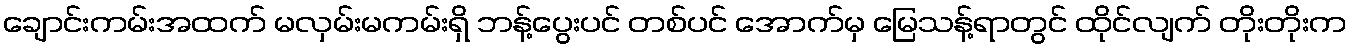
ချောင်းကမ်းအထက် မလှမ်းမကမ်းရှိ ဘန့်ပွေးပင် တစ်ပင် အောက်မှ မြေသန့်ရာတွင် ထိုင်လျက် တိုးတိုးက